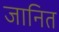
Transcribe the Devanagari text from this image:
जानित